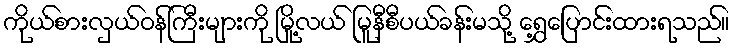
ကိုယ်စားလှယ်ဝန်ကြီးများကို မြို့လယ် မြူနီစီပယ်ခန်းမသို့ ရွှေ့ပြောင်းထားရသည်။